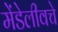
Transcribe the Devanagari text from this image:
मेंडेलीवचे